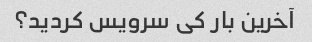
آخرین بار کی سرویس کردید؟